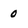
Character: 0